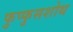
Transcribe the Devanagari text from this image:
फुप्फुसशोथ